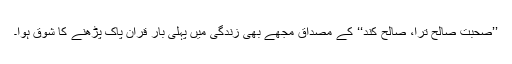
’’صحبت صالح ترا، صالح کند‘‘ کے مصداق مجھے بھی زندگی میں پہلی بار قرآن پاک پڑھنے کا شوق ہوا۔